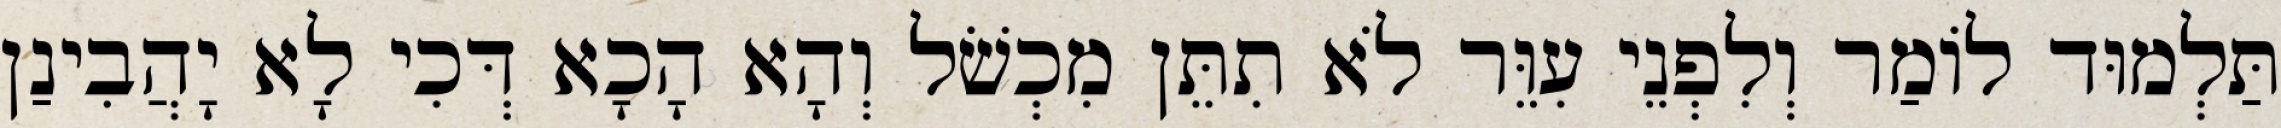
תַּלְמוּד לוֹמַר וְלִפְנֵי עִוֵּר לֹא תִתֵּן מִכְשֹׁל וְהָא הָכָא דְּכִי לָא יָהֲבִינַן